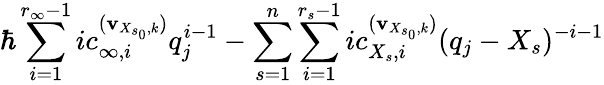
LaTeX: \hbar\underset{i=1}{\overset{r_{\infty}-1}{\sum}}ic_{\infty,i}^{(\mathbf{v}_{X_{s_{0}},k})}q_{j}^{i-1}-\underset{s=1}{\overset{n}{\sum}}\underset{i=1}{\overset{r_{s}-1}{\sum}}ic_{{X_{s}},i}^{(\mathbf{v}_{X_{s_{0}},k})}(q_{j}-X_{s})^{-i-1}